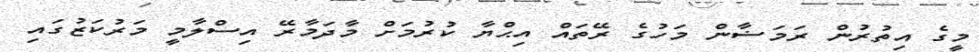
މީގެ އިތުރުން ރަމަޟާން މަހުގެ ރޭތައް އިޙްޔާ ކުރުމަށް މާދަމާރޭ އިސްލާމީ މަރުކަޒުގައި